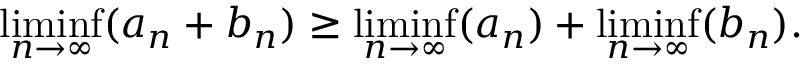
\operatorname* { l i m i n f } _ { n \to \infty } ( a _ { n } + b _ { n } ) \geq \operatorname* { l i m i n f } _ { n \to \infty } ( a _ { n } ) + \operatorname* { l i m i n f } _ { n \to \infty } ( b _ { n } ) .